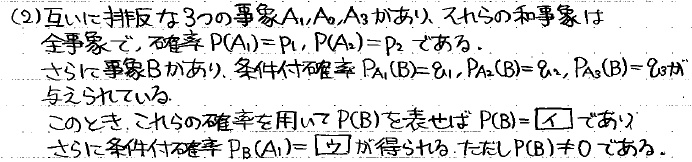
(2) 互いに排反な3つの事象$A_1,A_2,A_3$があり、それらの和事象は全事象で、確率$P(A_1)=p_1, P(A_2)=p_2$である。
さらに事象$B$があり、条件付き確率$P_{A_1}(B)=q_1,P_{A_2}(B)=q_2,P_{A_3}(B)=q_3$が与えられている。
このとき、これらの確率を用いて$P(B)$を表せば$P(B)=\boxed{\text{\textcircled{1}}}$であり、
さらに条件付き確率$P_{B}(A_1)=\boxed{\text{\textcircled{2}}}$が得られる。ただし$P(B)\neq0$である。